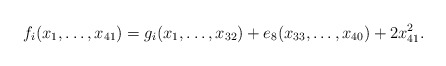
\begin{align*}f_i(x_1,\ldots,x_{41})=g_i(x_1,\ldots,x_{32})+e_8(x_{33},\ldots,x_{40})+2x_{41}^2.\end{align*}